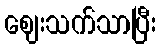
ဈေးသက်သာပြီး